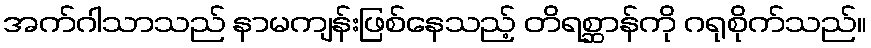
အက်ဂါသာသည် နာမကျန်းဖြစ်နေသည့် တိရစ္ဆာန်ကို ဂရုစိုက်သည်။